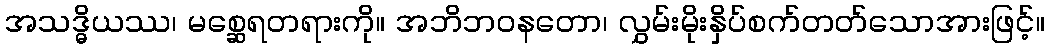
အသဒ္ဓိယဿ၊ မစ္ဆေရတရားကို။ အဘိဘဝနတော၊ လွှမ်းမိုးနှိပ်စက်တတ်သောအားဖြင့်။